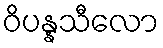
ဝိပန္နသီလော